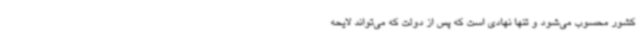
کشور محسوب می‌شود و تنها نهادی است که پس از دولت که می‌تواند لایحه